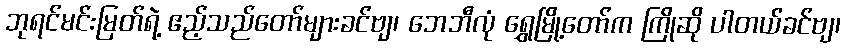
ဘုရင်မင်းမြတ်ရဲ့ ဧည့်သည်တော်များခင်ဗျ၊ ဘေဘီလုံ ရွှေမြို့တော်က ကြိုဆို ပါတယ်ခင်ဗျ၊